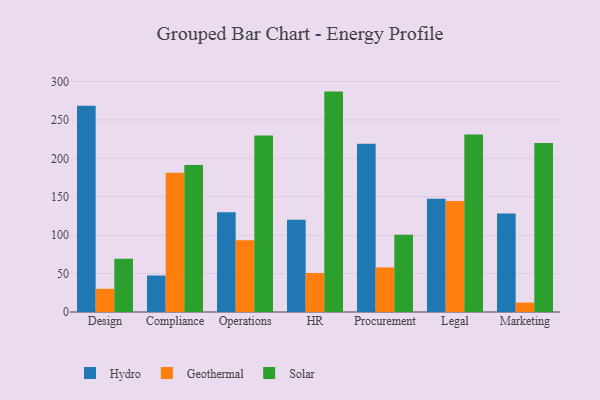
{"axis": {"x": "Department", "y": "Population (Million)"}, "legend": ["Geothermal", "Hydro", "Solar"], "data": [{"x": "Design", "y": 268.5, "type": "Hydro"}, {"x": "Design", "y": 30.2, "type": "Geothermal"}, {"x": "Design", "y": 69.3, "type": "Solar"}, {"x": "Compliance", "y": 47.5, "type": "Hydro"}, {"x": "Compliance", "y": 181.3, "type": "Geothermal"}, {"x": "Compliance", "y": 191.2, "type": "Solar"}, {"x": "Operations", "y": 129.9, "type": "Hydro"}, {"x": "Operations", "y": 93.4, "type": "Geothermal"}, {"x": "Operations", "y": 229.7, "type": "Solar"}, {"x": "HR", "y": 120.1, "type": "Hydro"}, {"x": "HR", "y": 50.8, "type": "Geothermal"}, {"x": "HR", "y": 286.9, "type": "Solar"}, {"x": "Procurement", "y": 219.0, "type": "Hydro"}, {"x": "Procurement", "y": 58.0, "type": "Geothermal"}, {"x": "Procurement", "y": 100.7, "type": "Solar"}, {"x": "Legal", "y": 147.3, "type": "Hydro"}, {"x": "Legal", "y": 144.5, "type": "Geothermal"}, {"x": "Legal", "y": 231.2, "type": "Solar"}, {"x": "Marketing", "y": 128.2, "type": "Hydro"}, {"x": "Marketing", "y": 12.3, "type": "Geothermal"}, {"x": "Marketing", "y": 219.9, "type": "Solar"}]}